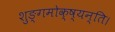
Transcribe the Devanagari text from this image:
शुङ्गमोक्ष्यन्ति।